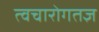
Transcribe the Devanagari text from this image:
त्वचारोगतज्ञ